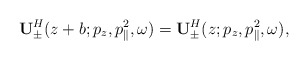
\begin{align*}{\bf U}^H_{\pm}(z+b;p_z,p_{\parallel}^2,\omega)={\bf U}^H_{\pm}(z;p_z,p_{\parallel}^2,\omega),\end{align*}